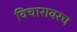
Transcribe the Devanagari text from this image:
विचारावरच